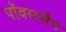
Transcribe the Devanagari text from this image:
पॉवरस्लैम